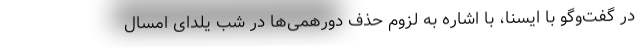
در گفت‌وگو با ایسنا، با اشاره به لزوم حذف دورهمی‌ها در شب یلدای امسال